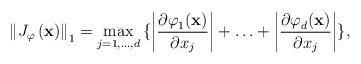
LaTeX: \begin{align*}\left\| J_{\varphi }\left( \mathbf{x} \right) \right\|_{1}=\max_{j=1,...,d}{\{\left| \frac{{\partial \varphi }_{1}(\mathbf{x})}{{\partial x}_{j}} \right|+\mathellipsis +\left| \frac{{\partial \varphi}_{d}(\mathbf{x})}{{\partial x}_{j}} \right|\}},\end{align*}